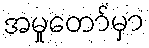
အမှုတော်မှာ